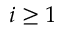
i \ge 1